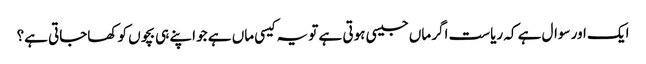
ایک اور سوال ہے کہ ریاست اگر ماں جیسی ہوتی ہے تو یہ کیسی ماں ہے جو اپنے ہی بچوں کو کھاجاتی ہے؟